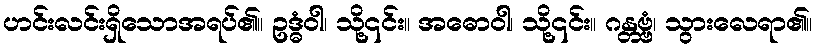
ဟင်းလင်းရှိသောအရပ်၏။ ဥဒ္ဓံဝါ၊ သို့၎င်း။ အဓောဝါ၊ သို့၎င်း။ ဂန္တဗ္ဗံ၊ သွားလေရာ၏။